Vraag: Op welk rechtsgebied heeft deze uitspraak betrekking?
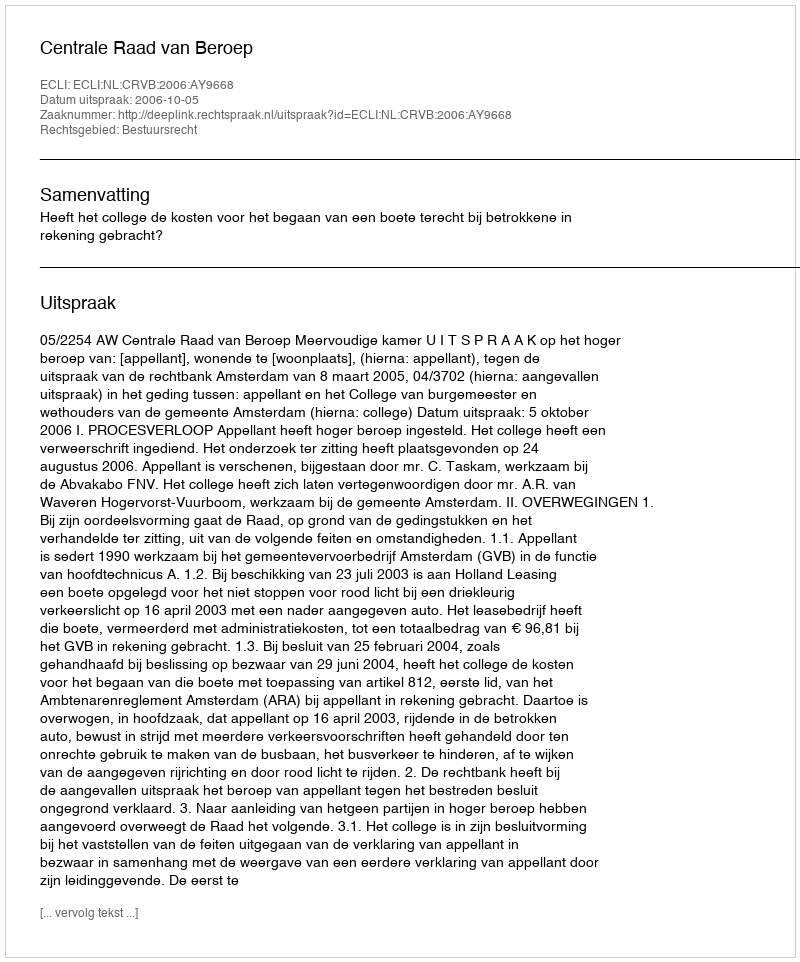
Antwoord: Bestuursrecht